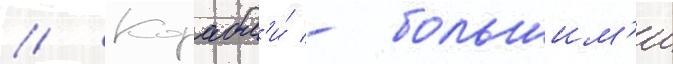
// Корабл'и́ - большим'и